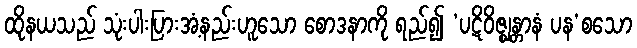
ထိုနယသည် သုံးပါးပြားအံ့နည်းဟူသော စောဒနာကို ရည်၍ ‘ပဋိဝိဇ္ဈန္တာနံ ပန’စသော